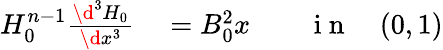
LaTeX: \begin{array}{rlrl}{H_{0}^{n-1}\frac{\d^{3}H_{0}}{\d x^{3}}}&{{}=B_{0}^{2}x}&{}&{{}\mathrm{~i~n~}\quad(0,1)}\end{array}